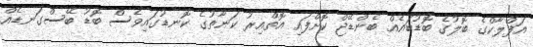
އަފްލާކްގެ ބޮލުގެ ބޮޑުބައެއް ބެންޑޭޖް ކޮށްފައި އޮތްއިރު ކަނާތުގެ ކޮނޑުގައިވެސް ބޮޑު ބޭސްގަނޑެއް